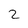
Character: 2